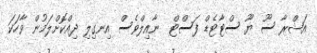
އަޝްރާ ސޫ ޔޫ ސްޓާޓެޑް ފަސްޓް  ނާއިލްވެސް އިނގިލި ދިއްކޮށްލަމުން ވާހަކަ